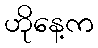
ဟိုနေ့က